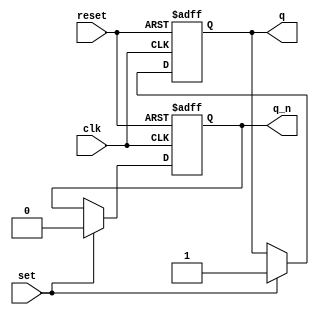
module SR_latch (
    input wire clk,
    input wire reset,
    input wire set,
    output reg q,
    output reg q_n
);

always @(posedge clk or posedge reset)
begin
    if (reset)
    begin
        q <= 0;
        q_n <= 1;
    end
    else if (set)
    begin
        q <= 1;
        q_n <= 0;
    end
end

endmodule